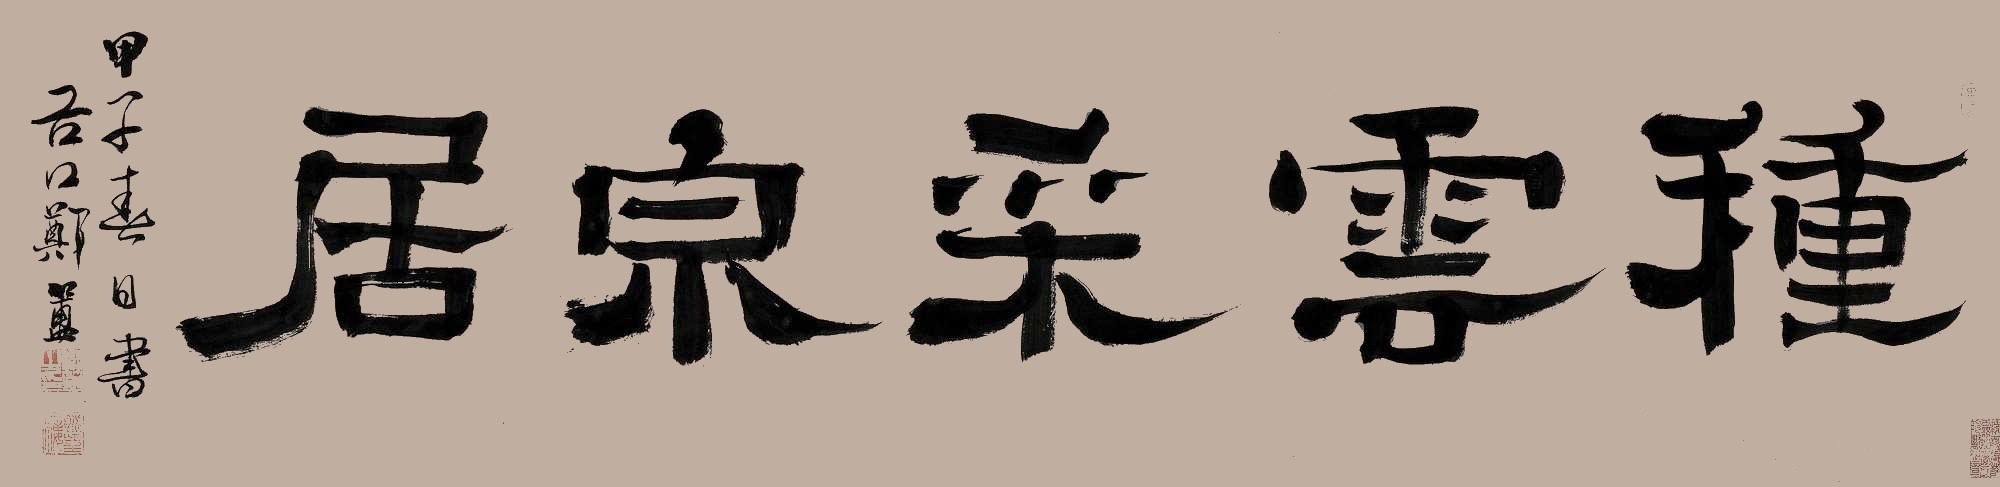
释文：种云采泉居甲子春日书，谷口郑簠。